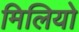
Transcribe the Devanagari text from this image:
मिलियो